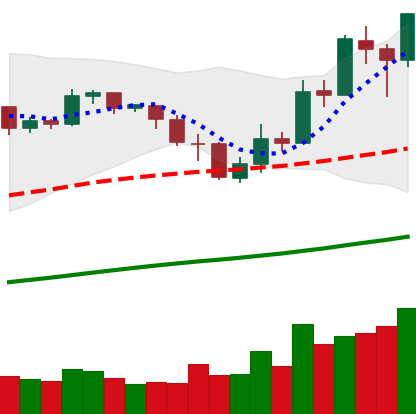
Ticker: BNB-USD
Chart end date: 2019-05-18
Forward return: 10.983%
Label: up_7plus